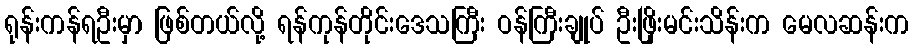
ရုန်းကန်ရဦးမှာ ဖြစ်တယ်လို့ ရန်ကုန်တိုင်းဒေသကြီး ဝန်ကြီးချုပ် ဦးဖြိုးမင်းသိန်းက မေလဆန်းက